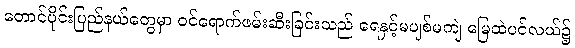
တောင်ပိုင်းပြည်နယ်တွေမှာ ဝင်ရောက်ဖမ်းဆီးခြင်းသည် ရေနှင့်မပျစ်မကျဲ မြေထဲပင်လယ်၌